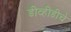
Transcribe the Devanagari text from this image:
डीव्हीडीचे